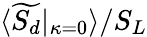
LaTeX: \langle\widetilde{S_{d}}|_{\kappa=0}\rangle/S_{L}